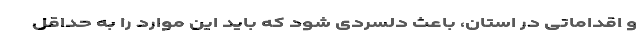
و اقداماتی در استان، باعث دلسردی شود که باید این موارد را به حداقل